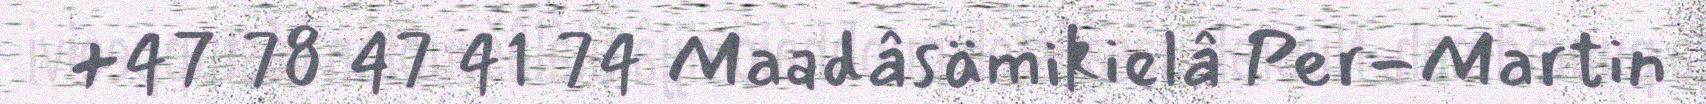
+47 78 47 41 74 Maadâsämikielâ Per-Martin